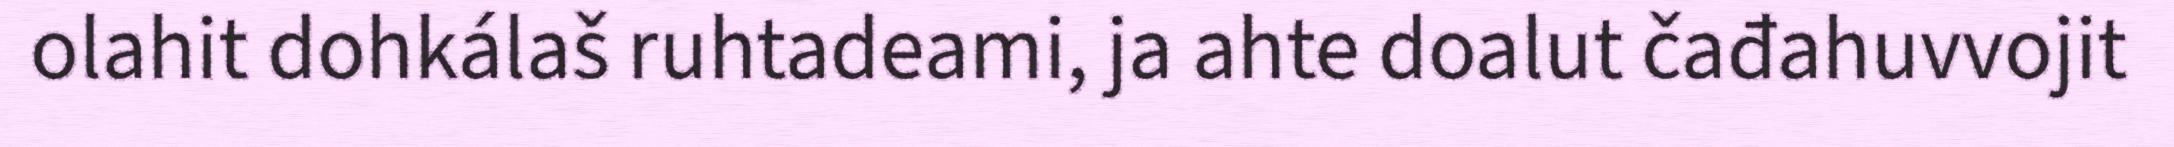
olahit dohkálaš ruhtadeami, ja ahte doalut čađahuvvojit